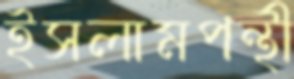
ইসলামপন্থী